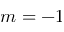
m = - 1